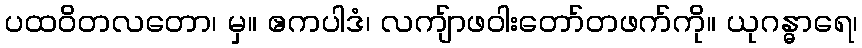
ပထဝိတလတော၊ မှ။ ဧကပါဒံ၊ လကျ်ာဖဝါးတော်တဖက်ကို။ ယုဂန္ဓာရေ၊